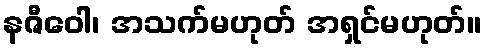
နဇီဝေါ၊ အသက်မဟုတ် အရှင်မဟုတ်။